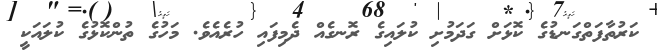
ކަރުތާފަތްގަނޑުގެ ކޮޅަށް ގަދަމުށި ކުލައިގެ ރޮނގެއް ދެމިފައި ހުރެއެވެ. މަހުގެ ތުންކޮޅުގެ ކުލައަކީ